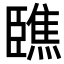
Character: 𦣳